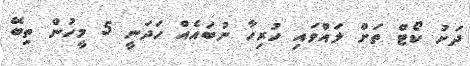
ދަށު ކޯޓް ތަށް ލައްވައި ހުރިހާ ނުބައެއް ހަދަނީ 5 މީހުން ތިބޭ